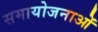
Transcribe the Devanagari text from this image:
समायोजनाओं